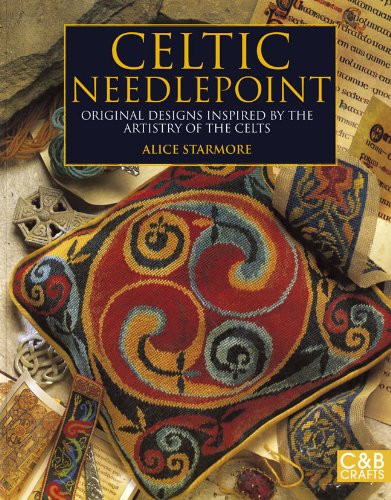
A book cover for Celtic Needlepoint: Original Designs Inspired by the Artistry of the Celts; Alice Starmore; Crafts, Hobbies & Home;